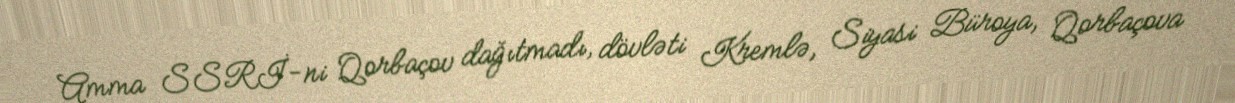
Amma SSRİ-ni Qorbaçov dağıtmadı, dövləti Kremlə, Siyasi Büroya, Qorbaçova